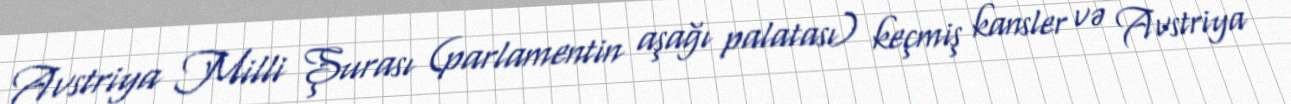
Avstriya Milli Şurası (parlamentin aşağı palatası) keçmiş kansler və Avstriya